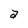
Character: a